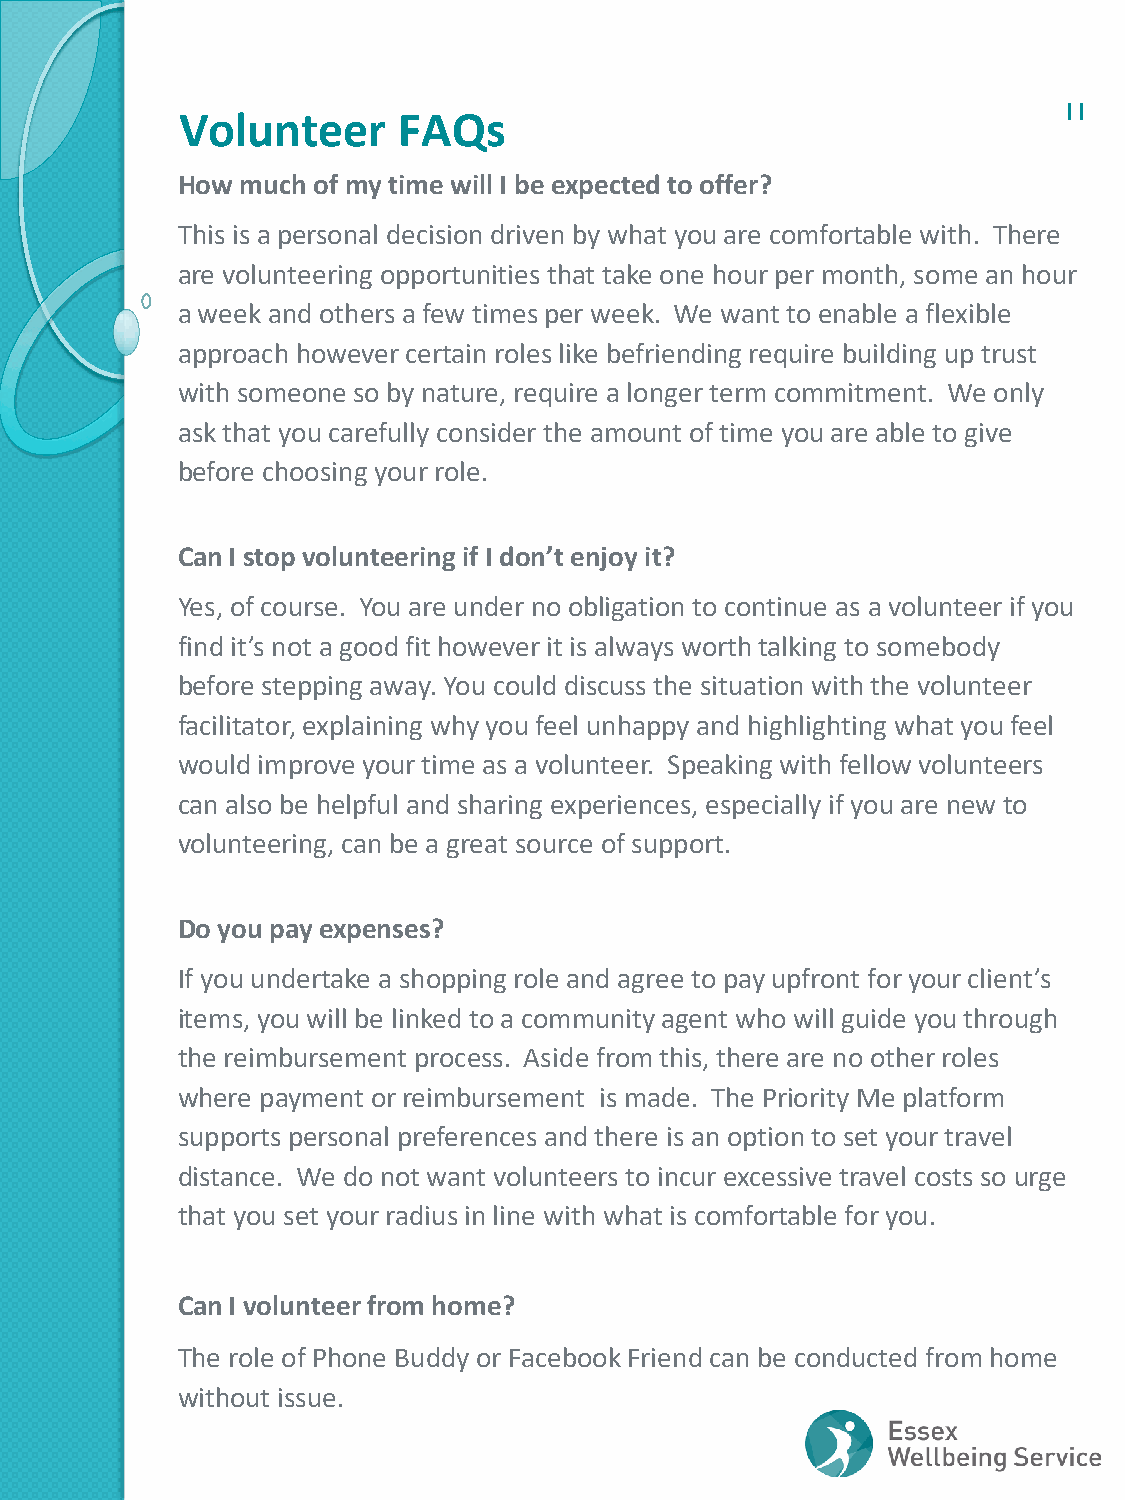
11
 Volunteer     FAQs
 How much of my time will I be expected to offer?
 This is a personal decision driven by what you are comfortable with. There
 are volunteering opportunities that take one hour per month, some an hour
 a week and others a few times per week. We want to enable a flexible
 approach however certain roles like befriending require building up trust
 with someone so by nature, require a longer term commitment. We only
 ask that you carefully consider the amount of time you are able to give
 before choosing your role.
 Can I stop volunteering if I don’t enjoy it?
 Yes, of course. You are under no obligation to continue as a volunteer if you
 find it’s not a good fit however it is always worth talking to somebody
 before stepping away. You could discuss the situation with the volunteer
 facilitator, explaining why you feel unhappy and highlighting what you feel
 would improve your time as a volunteer. Speaking with fellow volunteers
 can also be helpful and sharing experiences, especially if you are new to
 volunteering, can be a great source of support.
 Do you pay expenses?
 If you undertake a shopping role and agree to pay upfront for your client’s
 items, you will be linked to a community agent who will guide you through
 the reimbursement process. Aside from this, there are no other roles
 where payment or reimbursement is made. The Priority Me platform
 supports personal preferences and there is an option to set your travel
 distance. We do not want volunteers to incur excessive travel costs so urge
 that you set your radius in line with what is comfortable for you.
 Can I volunteer from home?
 The role of Phone Buddy or Facebook Friend can be conducted from home
 without issue.